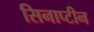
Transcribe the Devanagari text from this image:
सिनाप्टीन